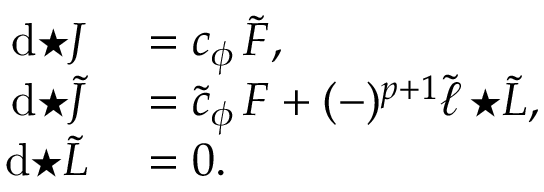
\begin{array} { r l } { \mathrm { d } { \star J } } & { { } = c _ { \phi } \, \tilde { F } , } \\ { \mathrm { d } { \star \tilde { J } } } & { { } = \tilde { c } _ { \phi } \, F + ( - ) ^ { p + 1 } \tilde { \ell } \, { \star \tilde { L } } , } \\ { \mathrm { d } { \star \tilde { L } } } & { { } = 0 . } \end{array}